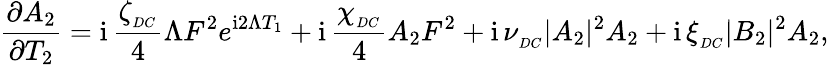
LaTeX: \frac{\partial A_{2}}{\partial T_{2}}=\mathrm{i}\, \frac{\zeta_{_{DC}}}{4}\Lambda F^{2}e^{\mathrm{i}2\Lambda T_{1}}+\mathrm{i}\, \frac{\chi_{_{DC}}}{4}A_{2}F^{2}+\mathrm{i}\, \nu_{_{DC}}|A_{2}|^{2}A_{2}+\mathrm{i}\, \xi_{_{DC}}|B_{2}|^{2}A_{2},